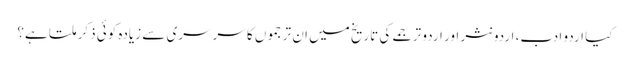
کیا اردو ادب، اردو نثر اور اردو ترجمے کی تاریخ میں ان ترجموں کا سرسری سے زیادہ کوئی ذکر ملتا ہے؟